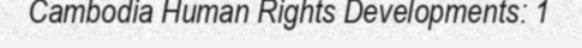
Cambodia Human Rights Developments: 1